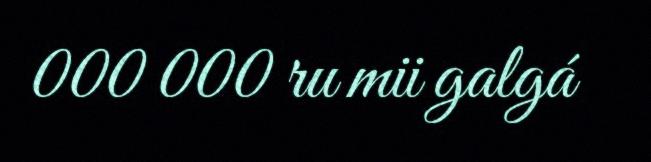
000 000 ru mii galgá